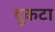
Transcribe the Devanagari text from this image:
दुकटा